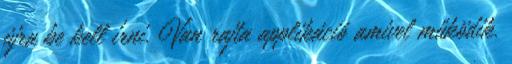
újra be kell írni. Van rajta applikáció amivel működik.